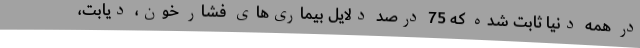
در همه دنیا ثابت شده که 75 درصد دلایل بیماری‌های فشار خون، دیابت،